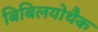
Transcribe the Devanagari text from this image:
बिबिलयोथैक